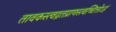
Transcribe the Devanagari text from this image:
तावकस्त्वद्गतप्राणस्त्वच्चित्तोऽहं